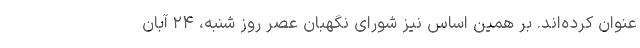
عنوان کرده‌اند. بر همین اساس نیز شورای نگهبان عصر روز شنبه، ۲۴ آبان